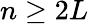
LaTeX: n\geq 2L